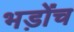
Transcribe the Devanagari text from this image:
भड़ोंच